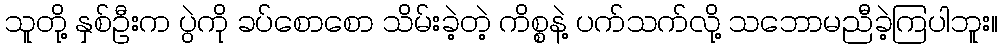
သူတို့ နှစ်ဦးက ပွဲကို ခပ်စောစော သိမ်းခဲ့တဲ့ ကိစ္စနဲ့ ပက်သက်လို့ သဘောမညီခဲ့ကြပါဘူး။